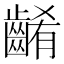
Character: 𪘱